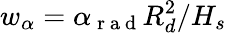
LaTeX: w_{\alpha}=\alpha_{\mathrm{~r~a~d~}}R_{d}^{2}/H_{s}